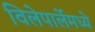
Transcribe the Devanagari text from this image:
विलेपार्लेमध्ये